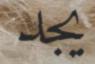
يجد